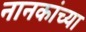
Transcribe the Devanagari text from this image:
नानकांच्या